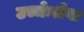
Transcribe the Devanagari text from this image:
उच्चेःश्रेवा